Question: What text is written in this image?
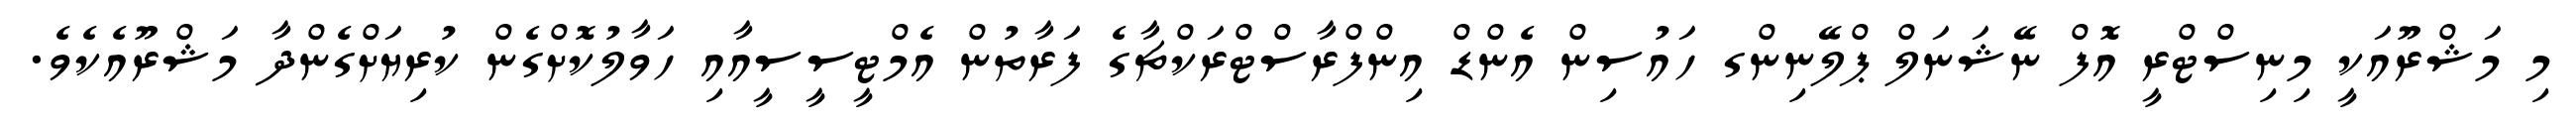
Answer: މި މަޝްރޫއަކީ މިނިސްޓްރީ އޮފް ނޭޝަނަލް ޕްލޭނިންގ ހައުސިން އެންޑް އިންފްރާސްޓްރަކްޗާގެ ފަރާތުން އެމްޓީސީސީއާއި ހަވާލުކޮށްގެން ކުރިޔަށްގެންދާ މަޝްރޫއެކެވެ.